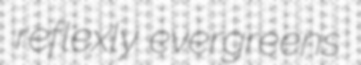
reflexly evergreens